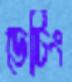
ডেটিং